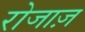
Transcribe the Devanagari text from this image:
रोजाज़